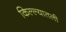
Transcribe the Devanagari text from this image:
किल्ल्यातली